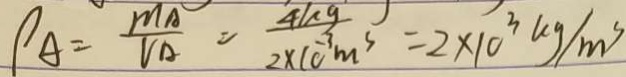
\rho _ { A } = \frac { m _ { A } } { V _ { A } } = \frac { 4 k g } { 2 \times 1 0 ^ { - 3 } m ^ { 3 } } = 2 \times 1 0 ^ { 3 } k g / m ^ { 3 }